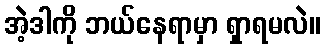
အဲ့ဒါကို ဘယ်နေရာမှာ ရှာရမလဲ။